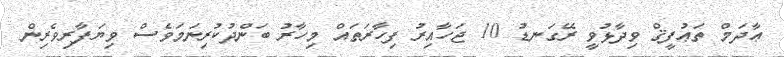
ޢާދަމް ތަޢުފީޤް ވިދާޅުވީ ރޭގަނޑު 10 ޖަހާއިރު ފިހާރަތައް މިހާރު ބަންދުކުރިނަމަވެސް ވިޔަފާރިވެރިން